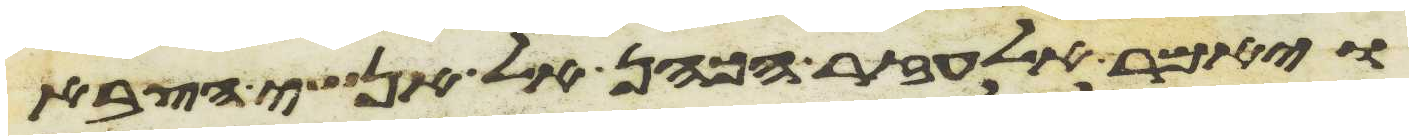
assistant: ויאמר אלעזר הכהן אל אנשי הצבא